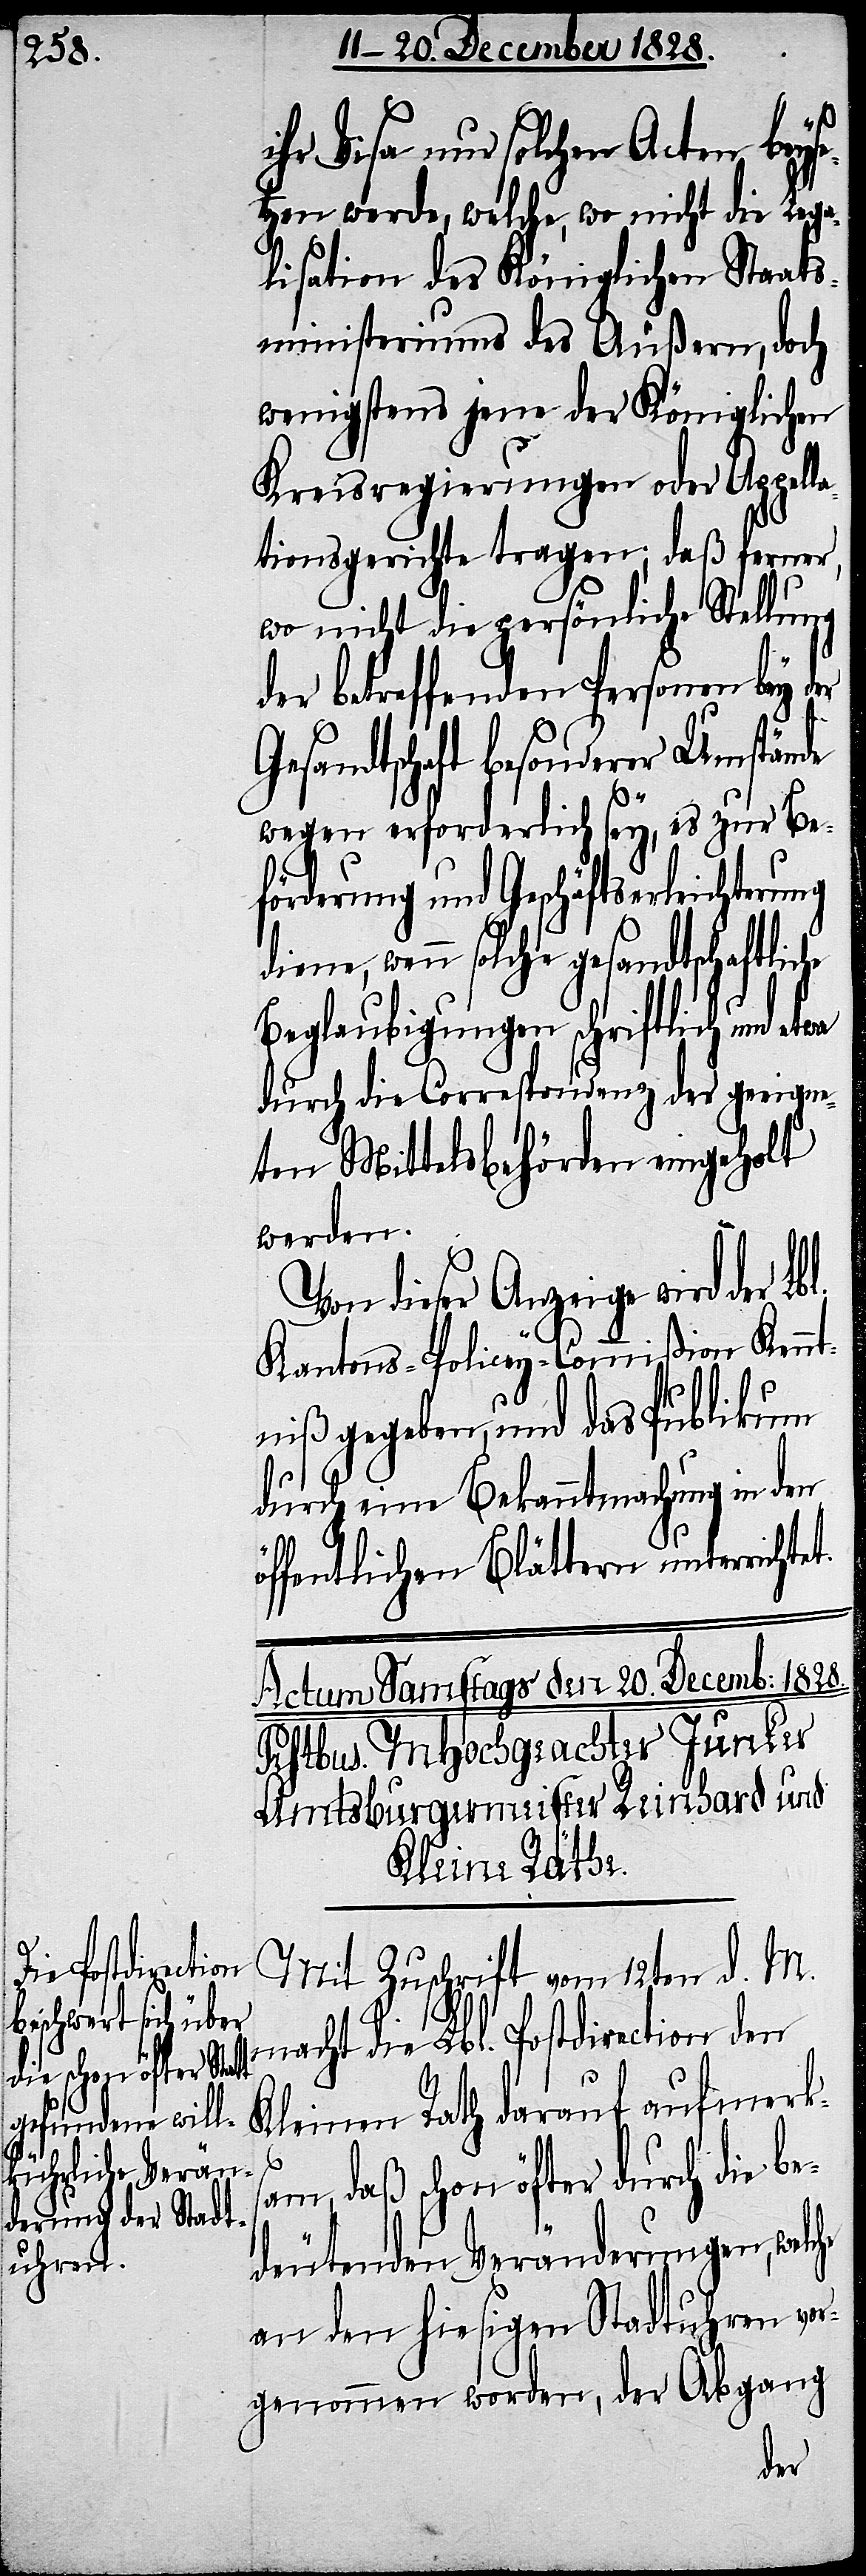
et.

ihr Visa nur solchen Acten beyf¬
ügen werde, welche, wo nicht die Lega¬
lisation des Königlichen Staats¬
ministeriums des Äußern, doch
wenigstens jene der Königlichen
Kreisregierungen oder Appell¬
ationsgerichte tragen; daß ferner,
wo nicht die persönliche Stellung
der betreffenden Personen bey der
Gesandtschaft besonderer Umstände
wegen erforderlich sey, es zur Be¬
förderung und Geschäftserleichterung
diene, wenn solche gesandtschaftlic¬
Beglaubigungen schriftlich und
durch die Correspondenz der geeigne¬
ten Mittelsbehörden eingeholt
werden.
Von dieser Anzeige wird der
Kantons-Policey-Commißion Kennt¬
niß gegeben, und das Publikum
durch eine Bekanntmachung in den
öffentlichen Blättern unterricht¬
Mit Zuschrift vom 12ten d. M.
macht die Lbl. Postdirection den
Kleinen Rath darauf aufmerks¬
am, daß schon öfter durch die b¬
edeutenden Veränderungen, welche
an den hiesigen Stadtuhren vor¬
genommen worden, der Abgang